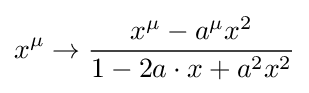
x^{\mu }\to {\frac {x^{\mu }-a^{\mu }x^{2}}{1-2a\cdot x+a^{2}x^{2}}}